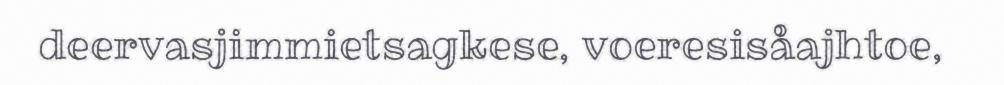
deervasjimmietsagkese, voeresisåajhtoe,